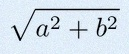
\sqrt{a^2+b^2}